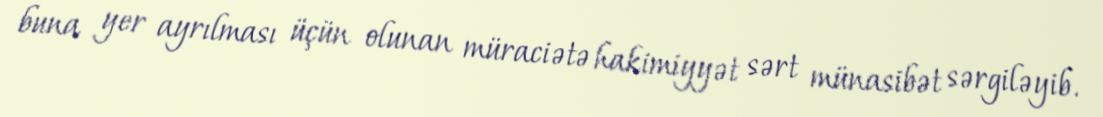
buna yer ayrılması üçün olunan müraciətə hakimiyyət sərt münasibət sərgiləyib.